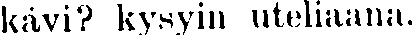
kävi? kysyin uteliaana.